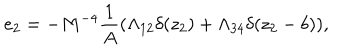
e _ { 2 } = - M ^ { - 4 } \frac { 1 } { A } ( \Lambda _ { 1 2 } \delta ( z _ { 2 } ) + \Lambda _ { 3 4 } \delta ( z _ { 2 } - b ) ) ,